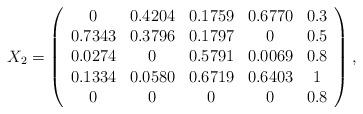
LaTeX: \begin{align*}X_2 = \left( \begin{array}{ccccc} 0 & 0.4204 & 0.1759 & 0.6770 & 0.3 \\ 0.7343 & 0.3796 & 0.1797 & 0 & 0.5 \\ 0.0274 & 0 & 0.5791 & 0.0069 & 0.8 \\ 0.1334 & 0.0580 & 0.6719 & 0.6403 & 1 \\ 0 & 0 & 0 & 0 & 0.8\end{array} \right),\end{align*}